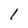
Character: 1